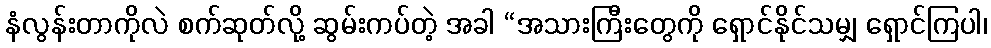
နံလွန်းတာကိုလဲ စက်ဆုတ်လို့ ဆွမ်းကပ်တဲ့ အခါ “အသားကြီးတွေကို ရှောင်နိုင်သမျှ ရှောင်ကြပါ၊